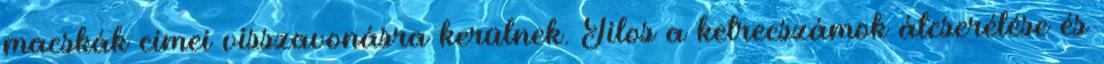
macskák címei visszavonásra kerülnek. Tilos a ketrecszámok átcserélése és